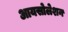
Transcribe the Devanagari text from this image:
आयसोलेशन